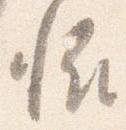
恠